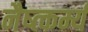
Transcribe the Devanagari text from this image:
नैष्त्कर्म्य